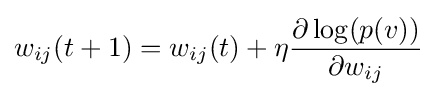
w_{ij}(t+1)=w_{ij}(t)+\eta {\frac {\partial \log(p(v))}{\partial w_{ij}}}